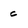
Character: c